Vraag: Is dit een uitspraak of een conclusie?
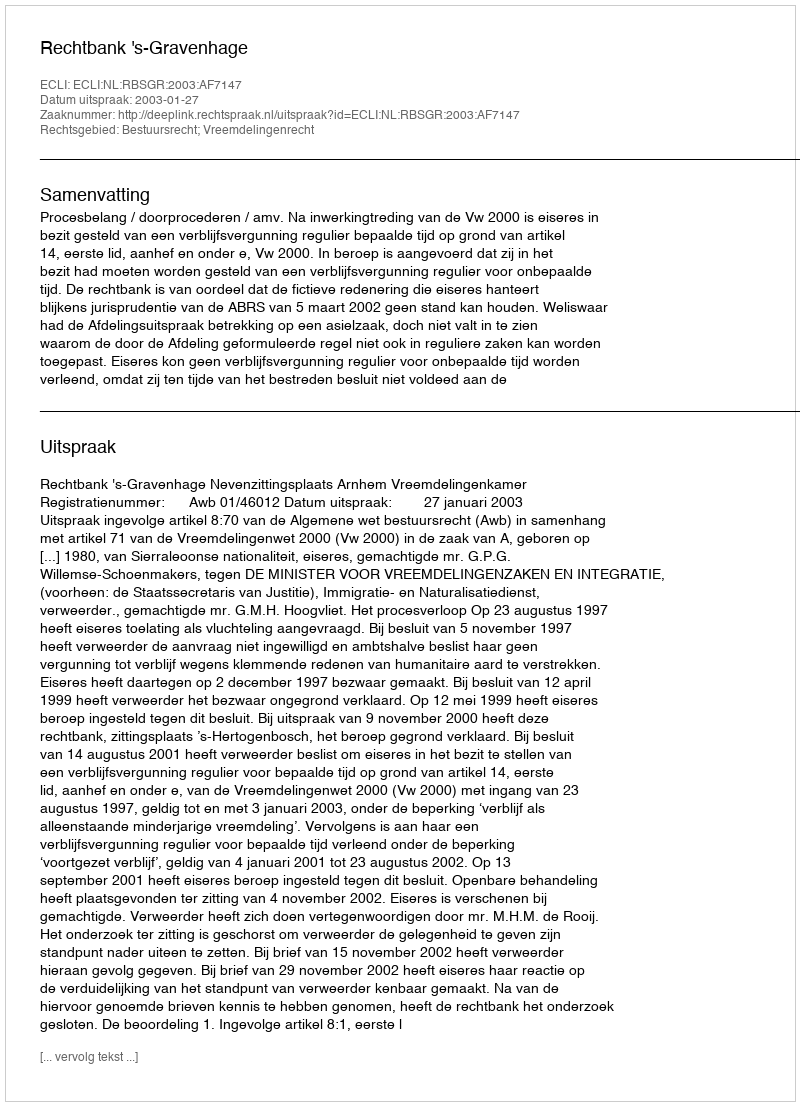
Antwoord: Uitspraak